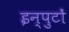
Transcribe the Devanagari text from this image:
इन्पुटों